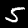
Label: 5